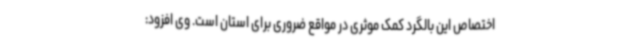
اختصاص این بالگرد کمک موثری در مواقع ضروری برای استان است. وی افزود: